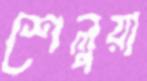
শেলুয়া